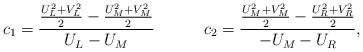
LaTeX: \begin{align*}c_1=\frac{\frac{U_L^2+V_L^2}{2} - \frac{U_M^2+V_M^2}{2}}{U_L-U_M} \ \ \ \ \ \ \ \ \ c_2=\frac{\frac{U_M^2+V_M^2}{2} - \frac{U_R^2+V_R^2}{2}}{-U_M-U_R},\end{align*}